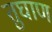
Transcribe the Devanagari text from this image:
तुघाण